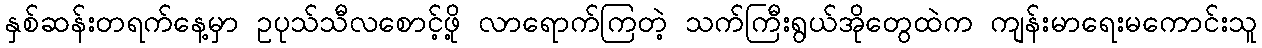
နှစ်ဆန်းတရက်နေ့မှာ ဥပုသ်သီလစောင့်ဖို့ လာရောက်ကြတဲ့ သက်ကြီးရွယ်အိုတွေထဲက ကျန်းမာရေးမကောင်းသူ